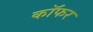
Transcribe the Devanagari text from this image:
कॉफर